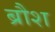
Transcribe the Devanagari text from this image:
ब्रौश